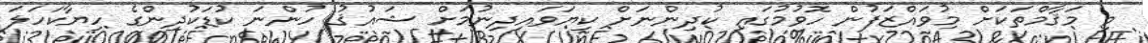
މި މަޤާމްތަކަށް މުވައްޒަފުން ހޮވުމުގައި ކުދިންނަށް ކިޔަވައިދިނުމަށް ޝައުޤު ހުންނަ ކުޑަކުދިންގެ ހިޔާކަހަލަ